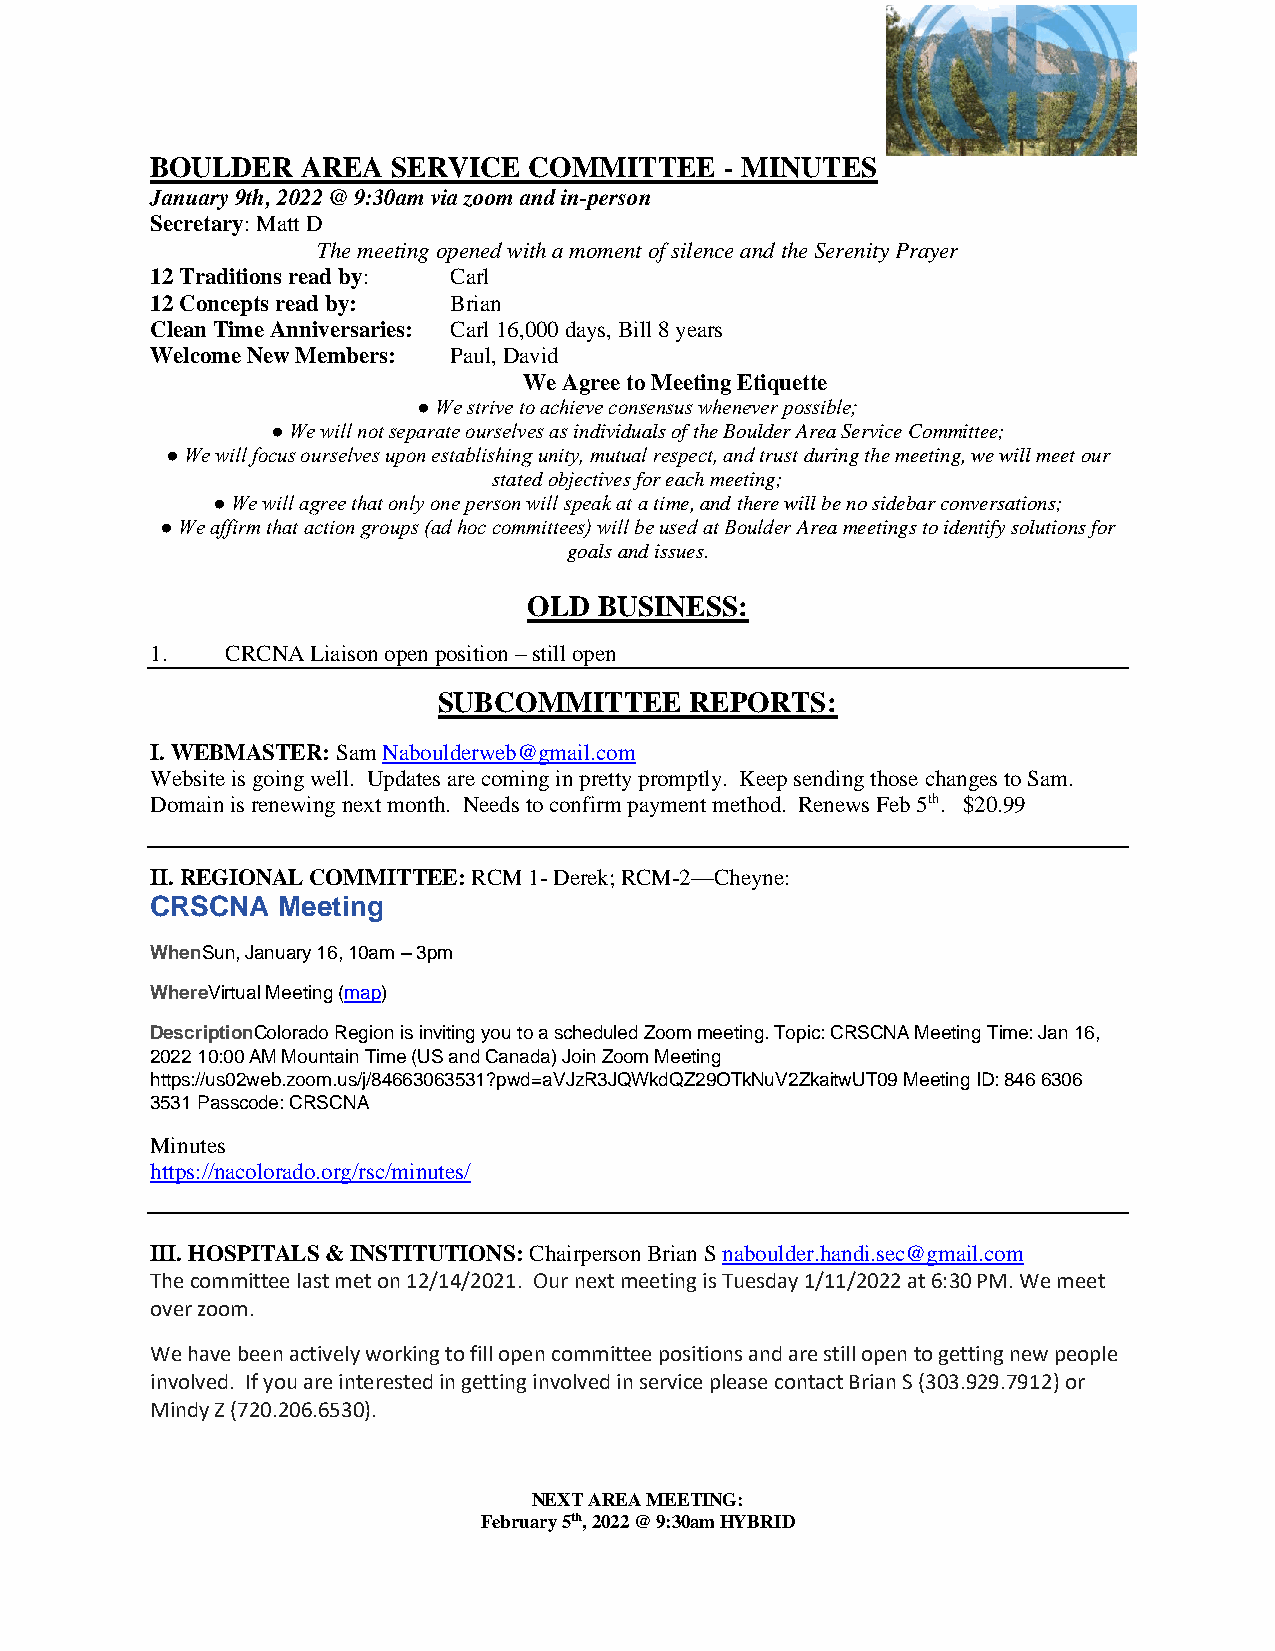
BOULDER   AREA  SERVICE  COMMITTEE    - MINUTES
 January 9th, 2022 @ 9:30am via zoom and in-person
 Secretary: Matt D
 The meeting opened with a moment of silence and the Serenity Prayer
 12 Traditions read by: Carl
 12 Concepts read by: Brian
 Clean Time Anniversaries: Carl 16,000 days, Bill 8 years
 Welcome New Members: Paul, David
 We Agree to Meeting Etiquette
 ● We strive to achieve consensus whenever possible;
 ● We will not separate ourselves as individuals of the Boulder Area Service Committee;
 ● We will focus ourselves upon establishing unity, mutual respect, and trust during the meeting, we will meet our
 stated objectives for each meeting;
 ● We will agree that only one person will speak at a time, and there will be no sidebar conversations;
 ● We affirm that action groups (ad hoc committees) will be used at Boulder Area meetings to identify solutions for
 goals and issues.
 OLD  BUSINESS:
 1.   CRCNA Liaison open position – still open
 SUBCOMMITTEE     REPORTS:
 I. WEBMASTER: Sam Naboulderweb@gmail.com
 Website is going well. Updates are coming in pretty promptly. Keep sending those changes to Sam.
 Domain is renewing next month. Needs to confirm payment method. Renews Feb 5th. $20.99
 II. REGIONAL COMMITTEE: RCM 1- Derek; RCM-2—Cheyne:
 CRSCNA  Meeting
 WhenSun, January 16, 10am – 3pm
 WhereVirtual Meeting (map)
 DescriptionColorado Region is inviting you to a scheduled Zoom meeting. Topic: CRSCNA Meeting Time: Jan 16,
 2022 10:00 AM Mountain Time (US and Canada) Join Zoom Meeting
 https://us02web.zoom.us/j/84663063531?pwd=aVJzR3JQWkdQZ29OTkNuV2ZkaitwUT09 Meeting ID: 846 6306
 3531 Passcode: CRSCNA
 Minutes
 https://nacolorado.org/rsc/minutes/
 III. HOSPITALS & INSTITUTIONS: Chairperson Brian S naboulder.handi.sec@gmail.com
 The committee last met on 12/14/2021. Our next meeting is Tuesday 1/11/2022 at 6:30 PM. We meet
 over zoom.
 We have been actively working to fill open committee positions and are still open to getting new people
 involved. If you are interested in getting involved in service please contact Brian S (303.929.7912) or
 Mindy Z (720.206.6530).
 NEXT AREA MEETING:
 February 5th, 2022 @ 9:30am HYBRID